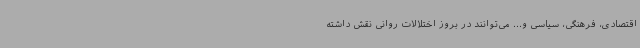
اقتصادی، فرهنگی، سیاسی و... می‌توانند در بروز اختلالات روانی نقش داشته